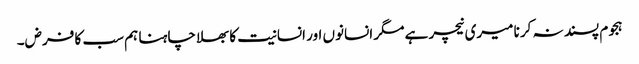
ہجوم پسند نہ کرنا میری نیچر ہے مگر انسانوں اور انسانیت کا بھلا چاہنا ہم سب کا فرض۔